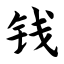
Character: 钱